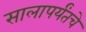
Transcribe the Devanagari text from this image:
सालापर्यंतचे